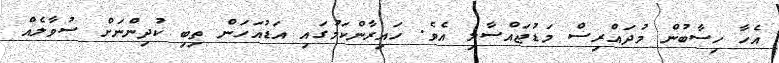
އެހާ ހިސާބުން މުދައްރިސް މަޑުޖައްސާލި އެވެ. ހައިރާންކަމުގައި އަޑުއަހަން ތިބި ކުދިންނަށް ސުވާލެއް